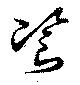
餈